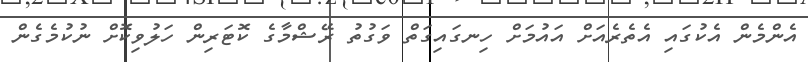
އެންމެން އެކުގައި އެތެރެއަށް އައުމަށް ހިނގައިގަތް ވަގުތު ރޭޝްމާގެ ކޮޓަރިން ހަލުވިކޮށް ނުކުމެގެން